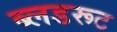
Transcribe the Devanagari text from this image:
ब्लडरूट